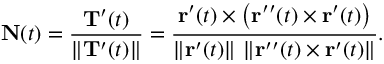
\mathbf { N } ( t ) = { \frac { \mathbf { T } ^ { \prime } ( t ) } { \| \mathbf { T } ^ { \prime } ( t ) \| } } = { \frac { \mathbf { r } ^ { \prime } ( t ) \times \left( \mathbf { r } ^ { \prime \prime } ( t ) \times \mathbf { r } ^ { \prime } ( t ) \right) } { \left\| \mathbf { r } ^ { \prime } ( t ) \right\| \, \left\| \mathbf { r } ^ { \prime \prime } ( t ) \times \mathbf { r } ^ { \prime } ( t ) \right\| } } .